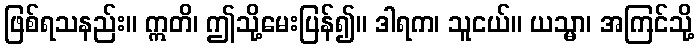
ဖြစ်ရသနည်း။ ဣတိ၊ ဤသို့မေးပြန်၍။ ဒါရက၊ သူငယ်။ ယသ္မာ၊ အကြင်သို့